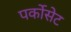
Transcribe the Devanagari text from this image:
पर्कोसेट